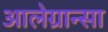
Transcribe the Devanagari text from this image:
आलेग्रान्सा